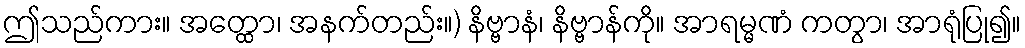
ဤသည်ကား။ အတ္ထော၊ အနက်တည်း။) နိဗ္ဗာနံ၊ နိဗ္ဗာန်ကို။ အာရမ္မဏံ ကတွာ၊ အာရုံပြု၍။